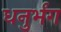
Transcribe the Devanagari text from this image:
धनुर्भंग